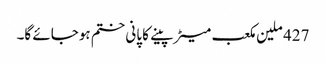
427 ملین مکعب میٹر پینے کا پانی ختم ہوجائے گا۔